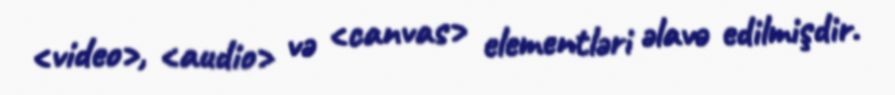
<video>, <audio> və <canvas> elementləri əlavə edilmişdir.